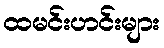
ထမင်းဟင်းများ